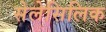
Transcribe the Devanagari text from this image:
सेलेसिलिक